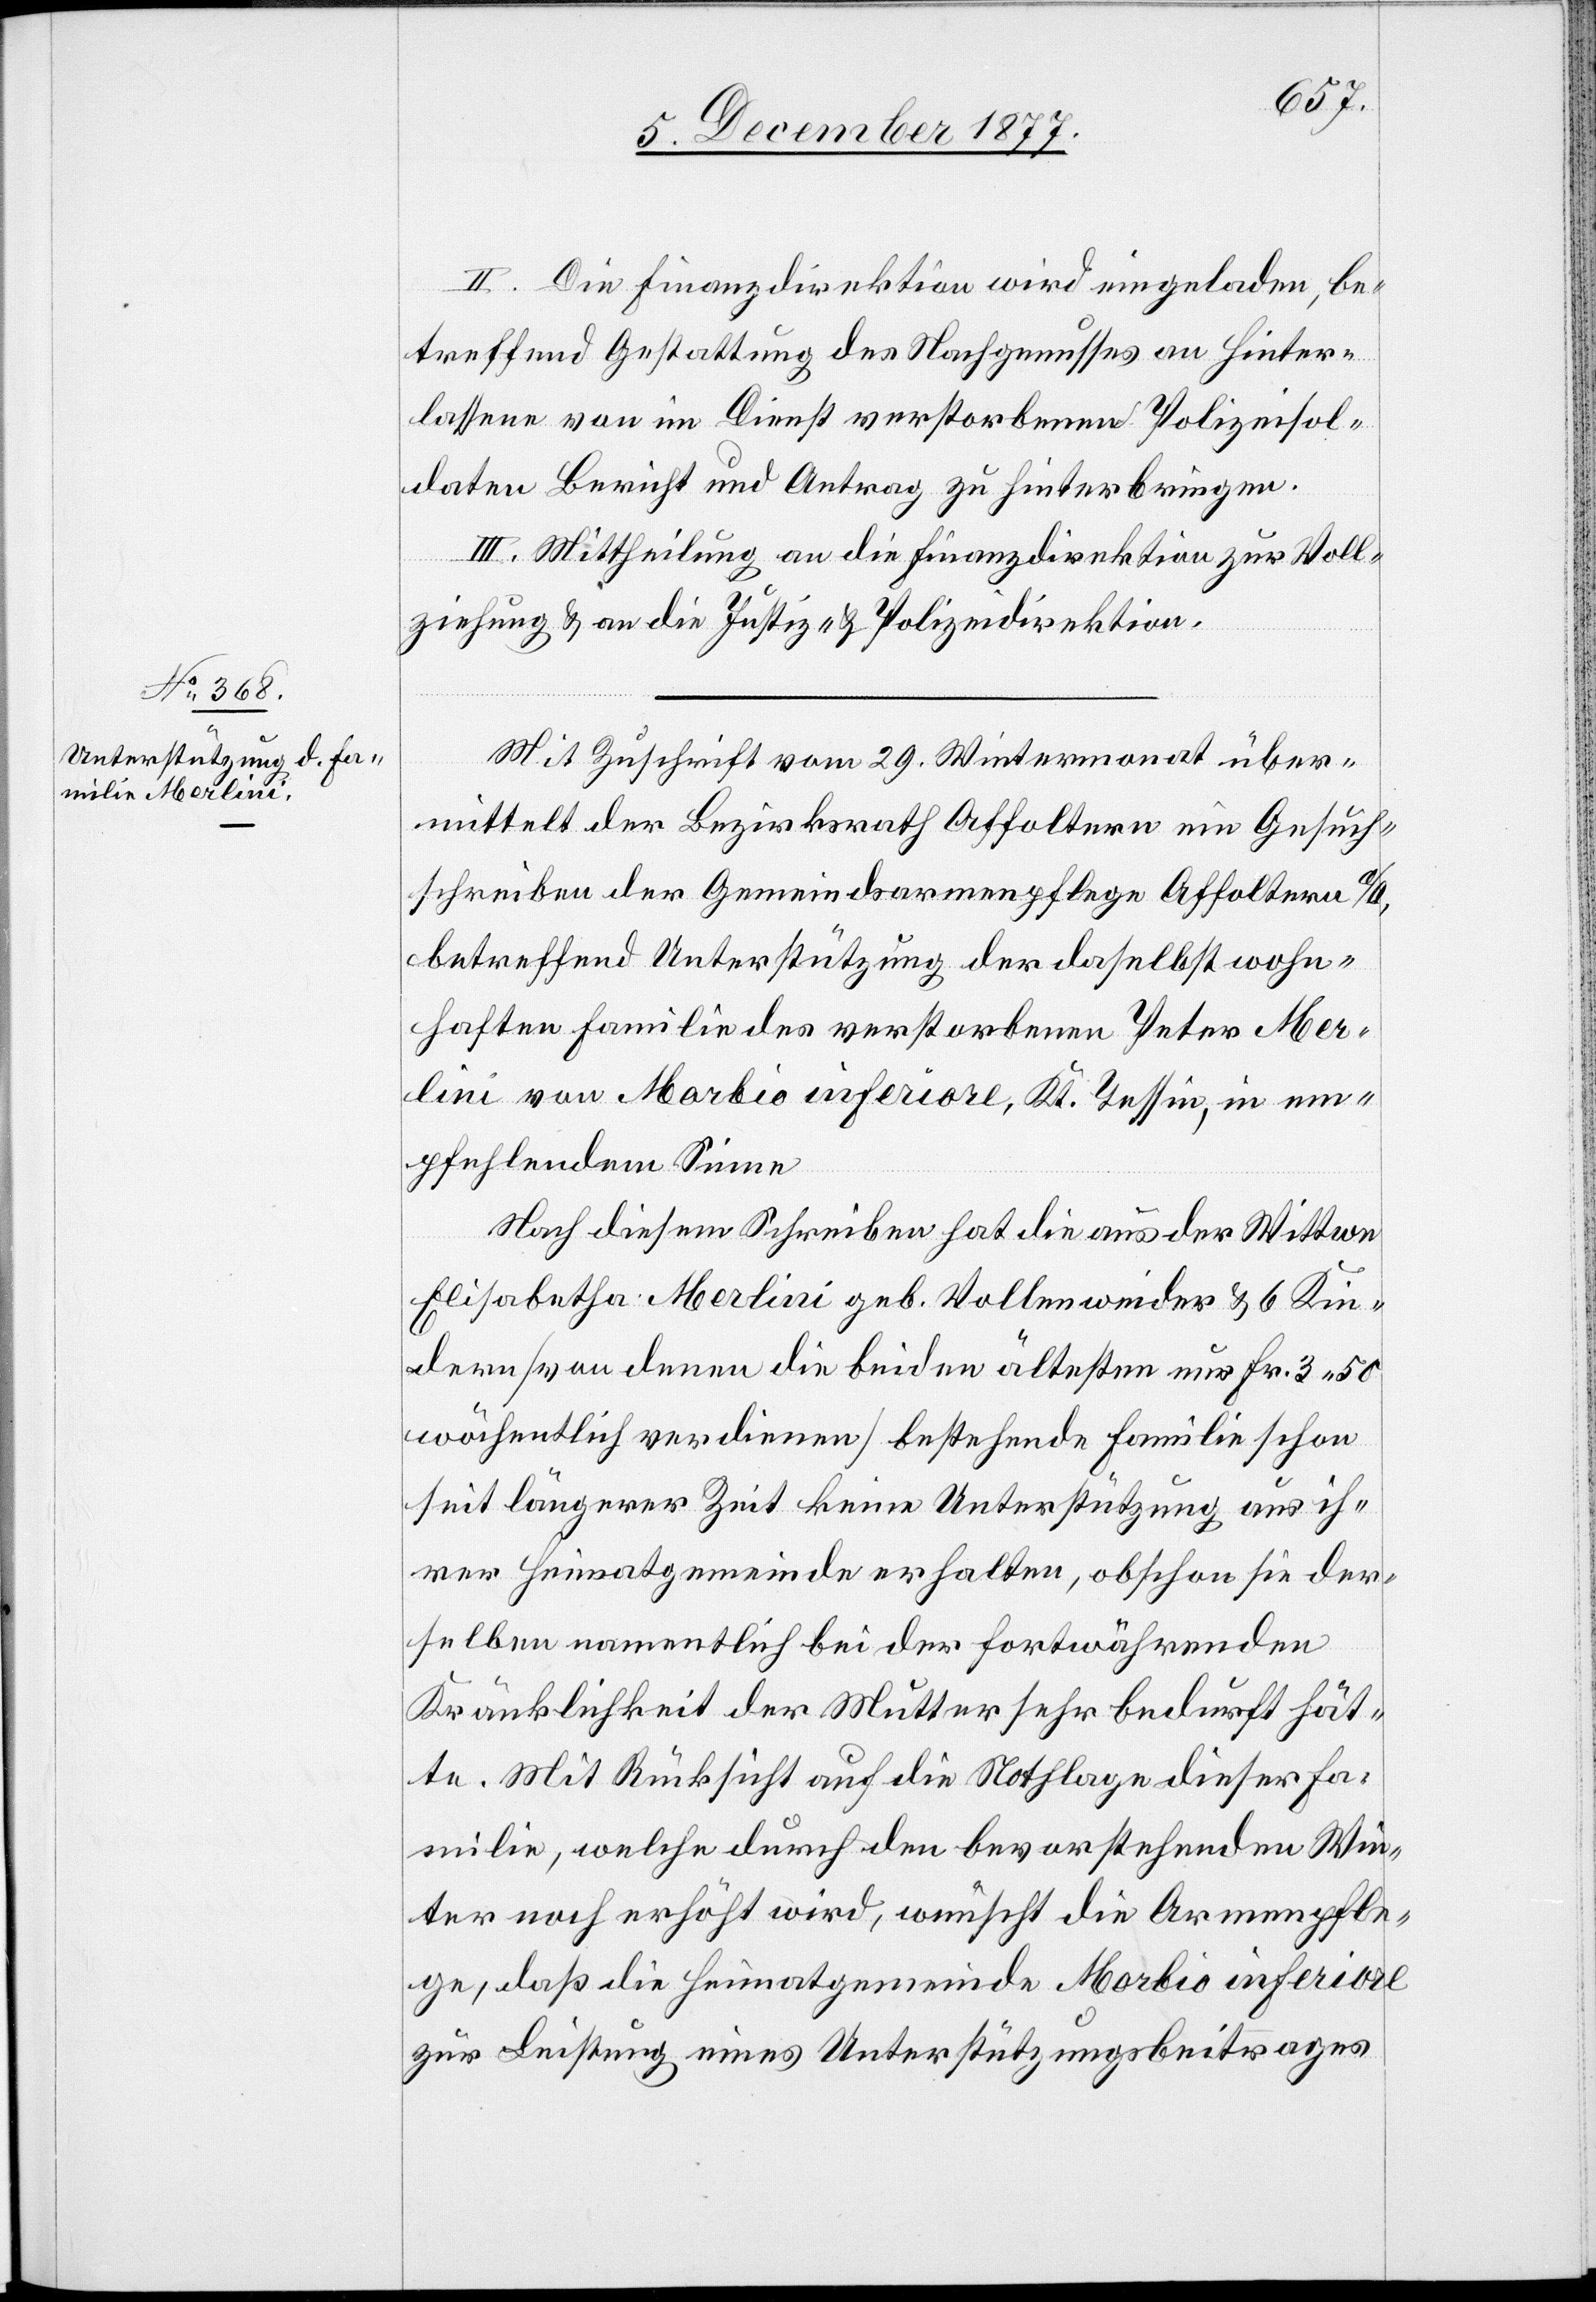
II. Die Finanzdirektion wird eingeladen, be¬
treffend Gestattung des Nachgenusses an Hinter¬
lassene von im Dienst verstorbenen Polizeisol¬
daten Bericht und Antrag zu hinterbringen.
III. Mittheilung an die Finanzdirektion zur Voll¬
ziehung & an die Justiz- & Polizeidirektion.
Mit Zuschrift vom 29. Wintermonat über¬
mittelt der Bezirksrath Affoltern ein Gesuch¬
schreiben der Gemeindsarmenpflege Affoltern a/A,
betreffend Unterstützung der daselbst wohn¬
haften Familie des verstorbenen Peter Mer¬
lini von Morbio inferiore, Kt. Tessin, in em¬
pfehlendem Sinne
Nach diesem Schreiben hat die aus der Wittwe
Elisabetha Merlini geb. Vollenweider & 6 Kin¬
dern [von denen die beiden ältesten nur Fr. 3.50
wöchentlich verdienen] bestehende Familie schon
seit längerer Zeit keine Unterstützung aus ih¬
rer Heimatgemeinde erhalten, obschon sie der¬
selben namentlich bei der fortwährenden
Kränklichkeit der Mutter sehr bedurft hät¬
te. Mit Rücksicht auf die Nothlage dieser Fa¬
milie, welche durch den bevorstehenden Win¬
ter noch erhöht wird, wünscht die Armenpfle¬
ge, daß die Heimatgemeinde Morbio inferiore
zur Leistung eines Unterstützungsbeitrages